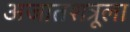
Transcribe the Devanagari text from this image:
अजातशत्रूला